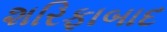
શરિફાબાદ